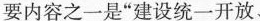
要内容之一是”建设统一开放、